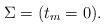
LaTeX: \begin{align*}\Sigma= (t_m= 0).\end{align*}